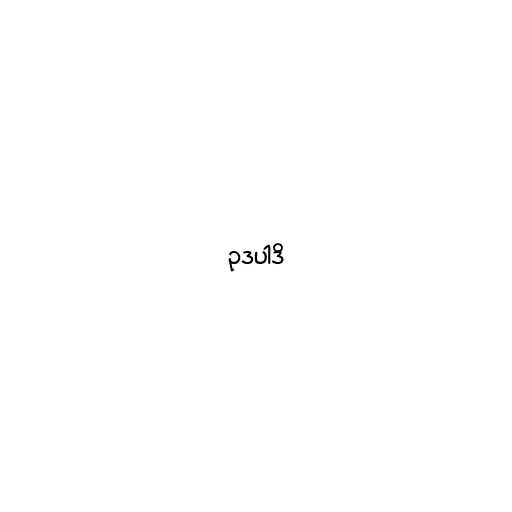
ဥဒပါဒိ